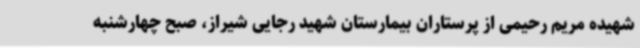
شهیده مریم رحیمی از پرستاران بیمارستان شهید رجایی شیراز، صبح چهارشنبه